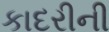
કાદરીની